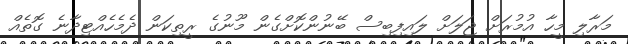
މަރާލި މީހާ އުމުރަށް ޖަލަށް ލައިފިބިސް ބޭނުންކޮށްގެން މޫނުގެ ރީތިކަން ދެމެހެއްޓިދާނެ ގޮތެއް